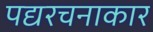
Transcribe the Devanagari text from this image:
पद्यरचनाकार